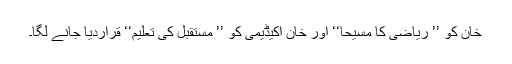
خان کو ’’ ریاضی کا مسیحا‘‘ اور خان اکیڈیمی کو ’’ مستقبل کی تعلیم‘‘ قراردیا جانے لگا۔